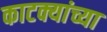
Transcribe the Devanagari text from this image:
काटक्यांच्या